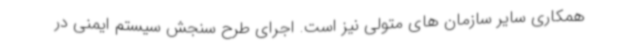
همکاری سایر سازمان های متولی نیز است. اجرای طرح سنجش سیستم ایمنی در